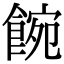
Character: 𩜌